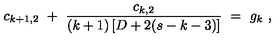
c _ { k + 1 , 2 } \ + \ \frac { c _ { k , 2 } } { ( k + 1 ) \left[ D + 2 ( s - k - 3 ) \right] } \ = \ g _ { k } \ ,